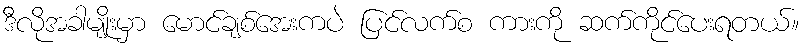
ဒီလိုအခါမျိုးမှာ မောင်ချစ်အေးကပဲ ပြင်လက်စ ကားကို ဆက်ကိုင်ပေးရတယ်။